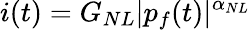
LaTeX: i(t)=G_{NL}|p_{f}(t)|^{\alpha_{NL}}